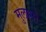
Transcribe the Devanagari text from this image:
मुलागो